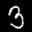
Label: 3